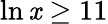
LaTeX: \ln\mathit{x}\geq11